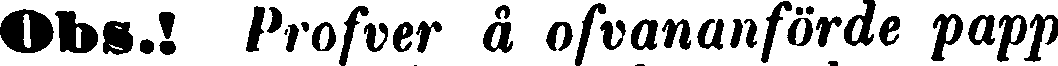
Obs.! Profver å ofvananförde papp